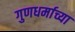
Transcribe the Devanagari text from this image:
गुणधर्माच्या